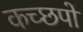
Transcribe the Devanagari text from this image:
कच्छपों